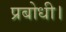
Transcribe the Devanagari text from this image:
प्रबोधी।